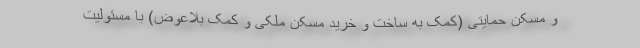
و مسکن حمایتی (کمک به ساخت و خرید مسکن ملکی و کمک بلاعوض) با مسئولیت